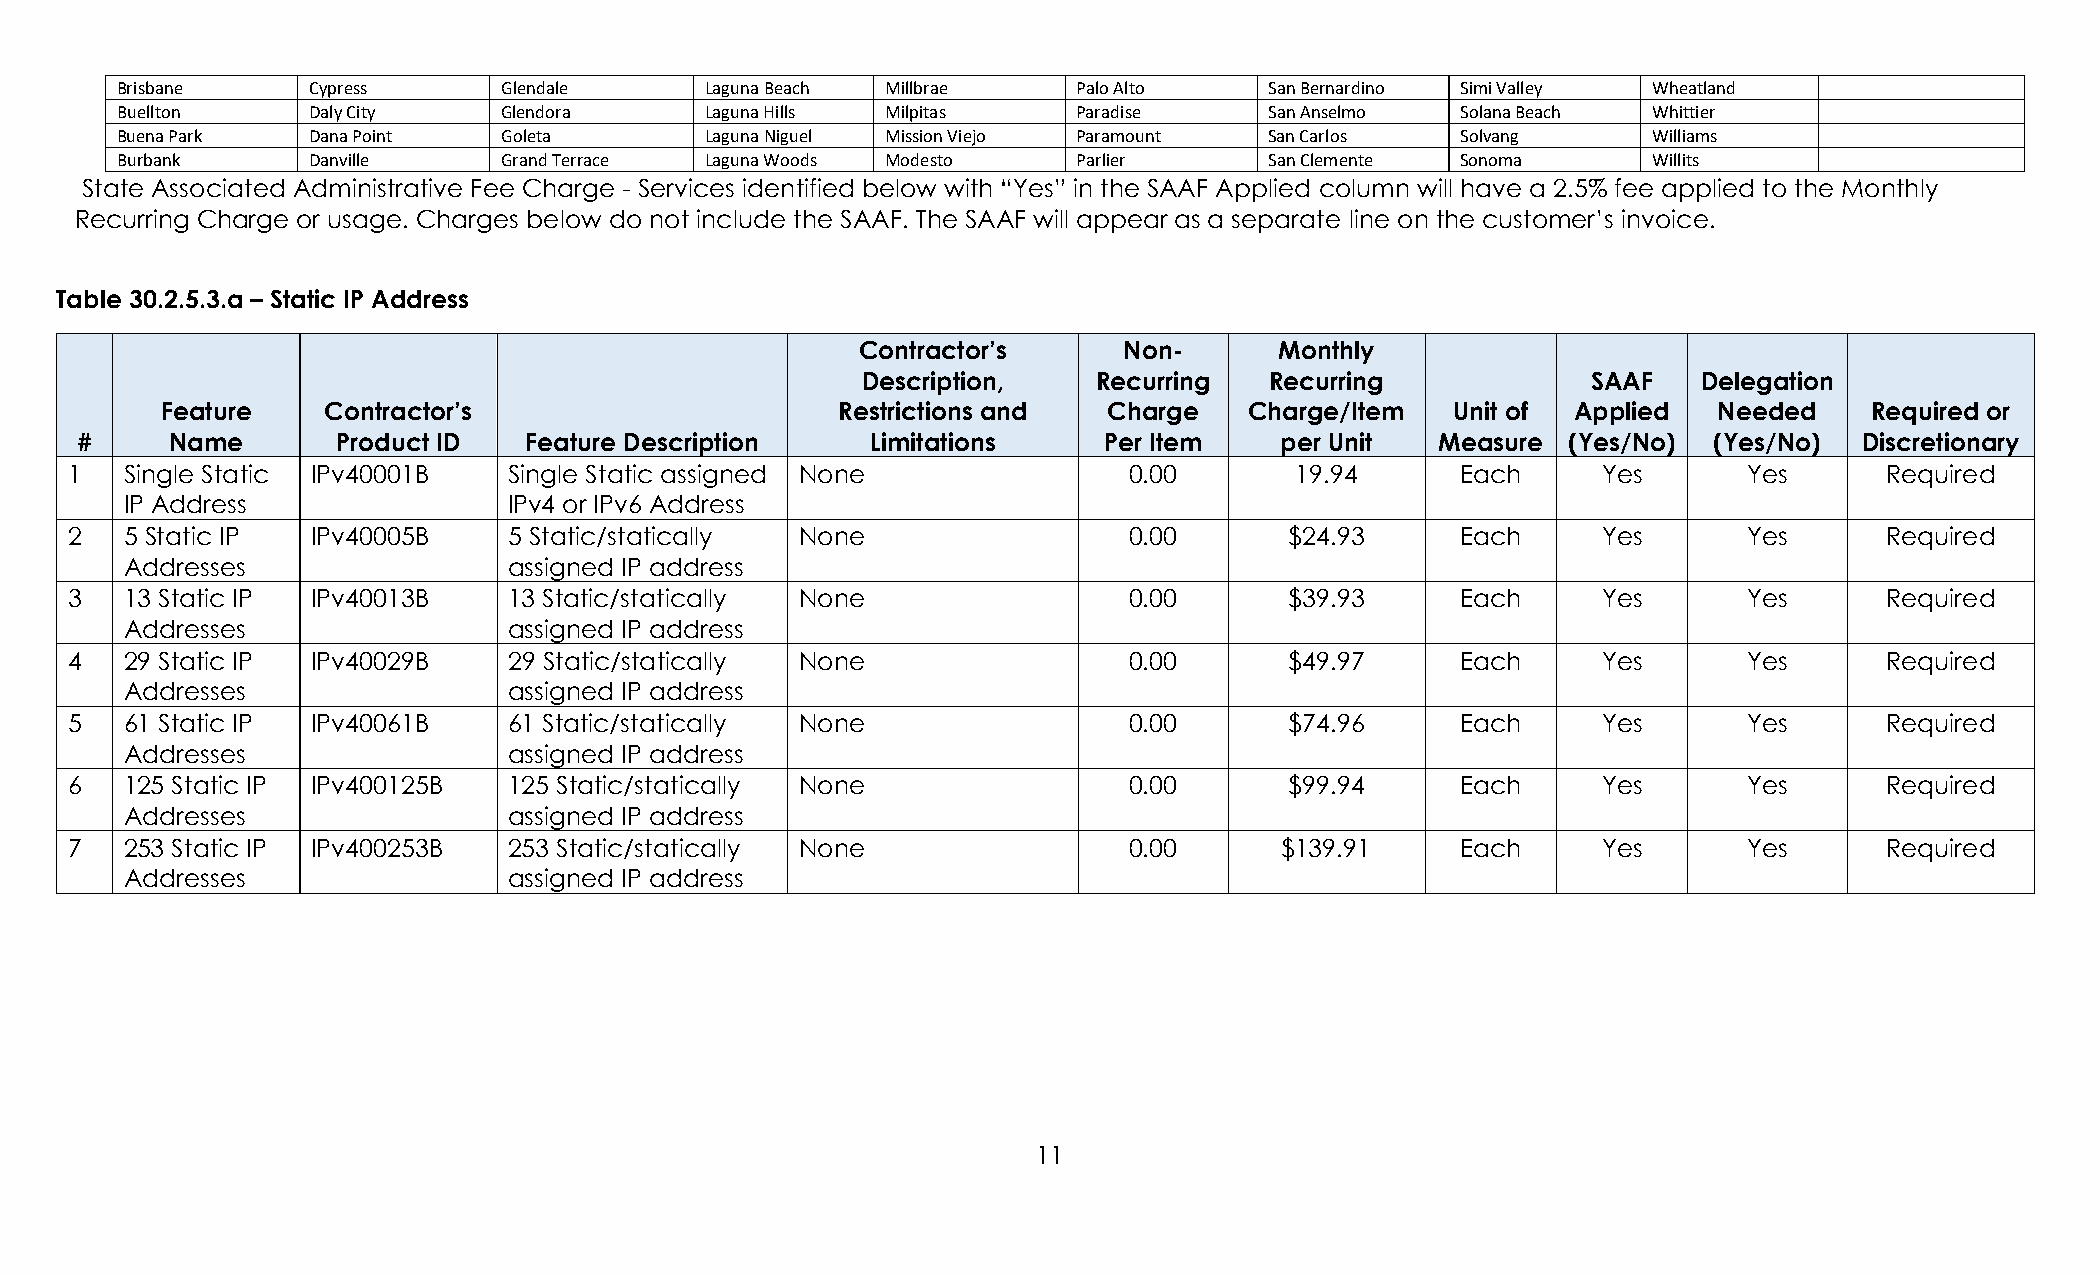
Brisbane    Cypress      Glendale      Laguna Beach Millbrae   Palo Alto    San Bernardino Simi Valley Wheatland
 Buellton    Daly City    Glendora      Laguna Hills Milpitas   Paradise     San Anselmo  Solana Beach Whittier
 Buena Park  Dana Point   Goleta        Laguna Niguel Mission Viejo Paramount San Carlos  Solvang     Williams
 Burbank     Danville     Grand Terrace Laguna Woods Modesto    Parlier      San Clemente Sonoma      Willits
 State Associated Administrative Fee Charge - Services identified below with “Yes” in the SAAF Applied column will have a 2.5% fee applied to the Monthly
 Recurring Charge or usage. Charges below do not include the SAAF. The SAAF will appear as a separate line on the customer’s invoice.
 Table 30.2.5.3.a – Static IP Address
 Contractor’s     Non-       Monthly
 Description,    Recurring  Recurring            SAAF    Delegation
 Feature   Contractor’s                      Restrictions and  Charge    Charge/Item  Unit of Applied   Needed    Required or
 #     Name       Product ID   Feature Description    Limitations    Per Item    per Unit  Measure  (Yes/No) (Yes/No)  Discretionary
 1   Single Static IPv40001B   Single Static assigned None              0.00       19.94      Each     Yes       Yes      Required
 IP Address                IPv4 or IPv6 Address
 2   5 Static IP  IPv40005B    5 Static/statically None                 0.00      $24.93      Each     Yes       Yes      Required
 Addresses                 assigned IP address
 3   13 Static IP IPv40013B    13 Static/statically None                0.00      $39.93      Each     Yes       Yes      Required
 Addresses                 assigned IP address
 4   29 Static IP IPv40029B    29 Static/statically None                0.00      $49.97      Each     Yes       Yes      Required
 Addresses                 assigned IP address
 5   61 Static IP IPv40061B    61 Static/statically None                0.00      $74.96      Each     Yes       Yes      Required
 Addresses                 assigned IP address
 6   125 Static IP IPv400125B  125 Static/statically None               0.00      $99.94      Each     Yes       Yes      Required
 Addresses                 assigned IP address
 7   253 Static IP IPv400253B  253 Static/statically None               0.00      $139.91     Each     Yes       Yes      Required
 Addresses                 assigned IP address
 11